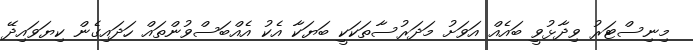
މިނިސްޓަރު ވިދާޅުވީ ބައެއް އަވަށު މަދަރުސާތަކަކީ ބަޔަކާ އެކު އެއްބަސްވުންތައް ހަދައިގެން ކިޔަވައިދޭ